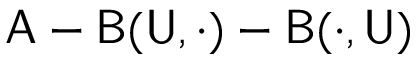
\mathsf { A } - \mathsf { B } ( \mathsf { U } , \cdot ) - \mathsf { B } ( \cdot , \mathsf { U } )